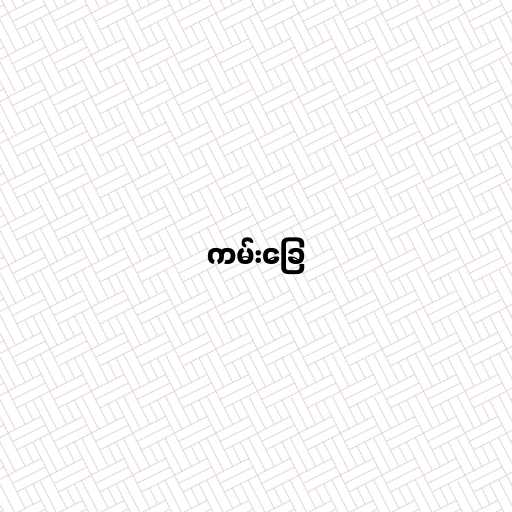
ကမ်းခြေ